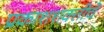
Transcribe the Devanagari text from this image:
प्रकाशशक्तीचे